Report of the Indian Hemp Drugs Commission, 1894-1895 - Volume VI
Year: 1894
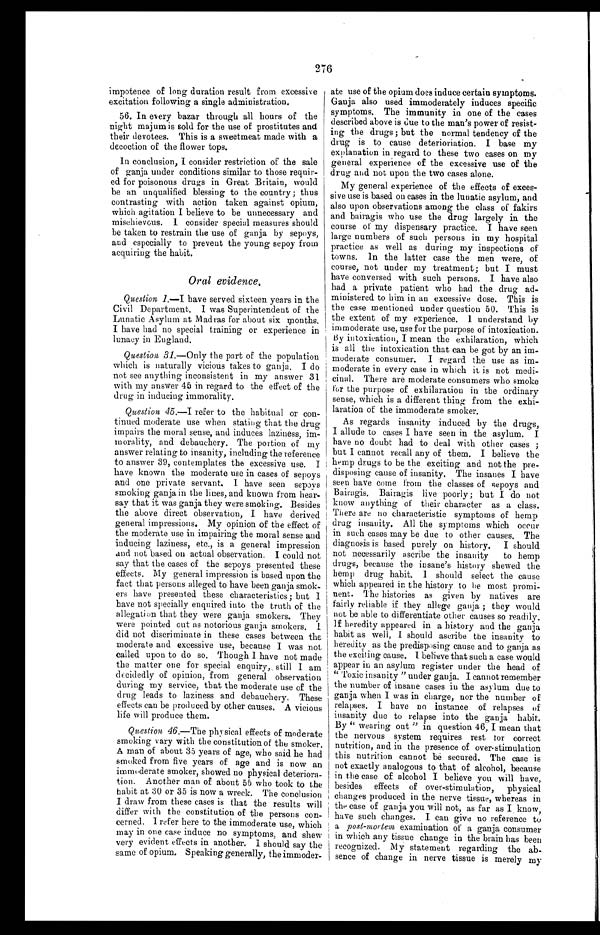
276
impotence of long duration result from excessive
excitation following a single administration.
56. In every bazar through all hours of the
night majum is sold for the use of prostitutes and
their devotees. This is a sweetmeat made with a
decoction of the flower tops.
In conclusion, I consider restriction of the sale
of ganja under conditions similar to those requir-
ed for poisonous drugs in Great Britain, would
be an unqualified blessing to the country ; thus
contrasting with action taken against opium,
which agitation I believe to be unnecessary and
mischievous. 1 consider special measures should
be taken to restrain the use of ganja by sepoys,
and especially to prevent the young sepoy from
acquiring the habit.
Oral evidence,
Question 1.—I h a v e s e r v e d s i x t e e n y e a r s i n t h e
Civil Department. I was Superintendent of the
Lunatic Asylum at Madras for about six months.
I have had no special training or experience in
lunacy in England.
Question 31 .—Only the part of the population
which is naturally vicious takes to ganja. I do
not see anything inconsistent in my answer 31
with my answer 45 in regard to the effect of the
drug in inducing immorality.
Question 45—I refer to the habitual or con-
tinued moderate use when stating that the drug
impairs the moral sense, and induces laziness, im--
morality, and debauchery. The portion of my
answer relating to insanity, including the reference
to answer 39, contemplates the excessive use. I
have known the moderate use in cases of sepoys
and one private servant. I have seen sepoys
smoking ganja, in the lines, and known from hear-
say that it was ganja they were smoking. Besides
the above direct observation, I have derived
general impressions. My opinion of the effect of
the moderate use in impairing the moral sense and
inducing laziness, etc., is a general impression
and not based on actual observation. I could not
say that the cases of the sepoys presented these
effects. My general impression is based upon the
fact that persons alleged to have been ganja smok-
ers have presented these characteristics; but I
have not specially enquired into the truth of the
allegation that they were ganja smokers. They
were pointed out as notorious ganja smokers.
did not discriminate in these cases between the
moderate and excessive use, because I was not
called upon to do so. Though I have not made
the matter one for special enquiry, still I an
decidedly of opinion, from general observatioi
during my service, that the moderate use of the
drug leads to laziness and debauchery, Thes
effects can be produced by other causes. A viciou
life will produce them.
Question 46.—The physical effects of moderate
smoking vary with the constitution of the smoke
r . A m a n o f a b o u t 3 5 y e a r s o f a g e ,w
h o s a i d h e h a d
smoked from five years of age and is now an
immoderate smoker, showed no physical
d e t e r i o r a - t i o n . A n o t h e r m a n o f a b o u t 5 5 w h o t o o k t o t h e
habit at 30 or 35 is now a wreck. The conclusion
I d r a w f r o m t h e s e c a s e s i s t h a t t h e r e s u l t s w i l l
differ with the constitution of the persons co
n - c e r n e d . I r e f e r h e r e t o t h e i m m o d e r a t e u s e , w h i c h
may in one case induce no symptoms, and shew
very evident effects in another. I should say the
same of opium. Speaking generally, the immoder-
ate use of the opium does induce certain symptoms.
Ganja also used immoderately induces specific
symptoms. The immunity in one of the cases
described above is due to the man's power of resist-
ing the drugs ; but the normal tendency of the
drug is to cause deterioriation. I base my
explanation in regard to these two cases on my
general experience of the excessive use of the
drug and not upon the two cases alone.
My general experience of the effects of exces-
- sive use is based on cases in the lunatic asylum, and
also upon observations among the class of fakirs
and bairagis who use the drug largely in the
course of my dispensary practice. I have seen
large numbers of such persons in my hospital
practice, as well as during my inspections of
towns. In the latter case the men were, of
course, not under my treatment; but I must
have conversed with such persons. I have also
had a private patient who had the drug ad-
ministered to him in an excessive dose. This is
the case mentioned under question 50. This is
the extent of my experience. I understand by
immoderate use, use for the purpose of intoxication.
By intoxication, I mean the exhilaration, which
is all the intoxication that can be got by an im-
moderate consumer. I regard the use as im-
moderate in every case in which it is not medi-
cinal. There are moderate consumers who smoke
for the purpose of exhilaration in the ordinary
sense, which is a different thing from the exhi-
laration of the immoderate smoker.
As regards insanity induced by the drugs,
I allude to cases I have seen in the asylum. I
have no doubt had to deal with other cases ;
but I cannot recall any of them. I believe the
hemp drugs to be the exciting and not the pre-
disposing cause of insanity. The insanes I have
seen have come from the classes of sepoys and
Bairagis. Bairagis live poorly ; but I do not
know anything of their character as a class.
There are no characteristic symptoms of hemp
drug insanity. All the symptoms which occur
in such cases may be due to other causes. The
diagnosis is based purely on history. I should
not necessarily ascribe the insanity to hemp
drugs, because the insane's history shewed the
hemp drug habit. I should select the cause
which appeared in the history to he most promi-
nent. The histories as given by natives are
fairly reliable if they allege ganja ; they would
not be able to differentiate other causes so readily.
If heredity appeared in a history and the ganja
habit as well, I should ascribe the insanity to
heredity as the predisposing cause and to ganja as
the exciting cause. I believe that such a case would
appear in an asylum register under the head of
“Toxic insanity " under ganja. I cannot remember
the number of insane cases in the asylum due to
ganja when I was in charge, nor the number of
relapses. I have no instance of relapses of
insanity due to relapse into the ganja habit.
By " wearing out " in question 46, I mean that
the nervous system requires rest for correct
nutrition, and in the presence of over-stimulation
this nutrition cannot be secured. The case is
not exactly analogous to that of alcohol, because
in the case of alcohol I believe you will have
, b e s i d e s e f f e c t s o f o v e r - s t i m u l a t i o n , p h y s i c a l c h a n g e s p r o d u c e d i n t h e n e r v e t i s s u e , w h e r e a s i n
the case of ganja you will not, as far as I know,
have such changes. I can give no reference to
a post-mortem examination of a ganja consumer
in which any tissue change in the brain has been
recognized. My statement regarding the ab--
sence of change in nerve tissue is merely my